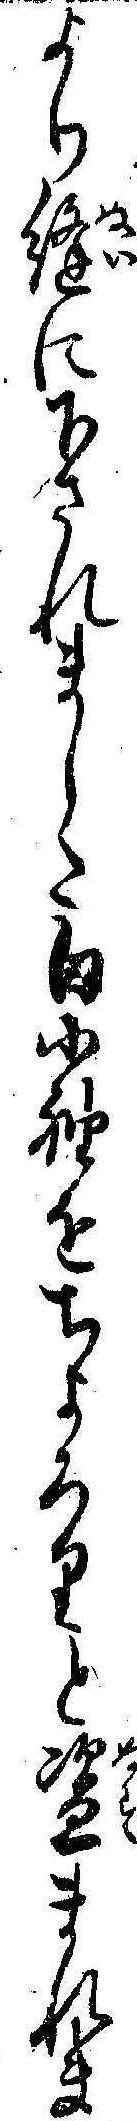
より縫に下されました白小袖をちよろりと盗まれま